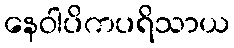
နေဝါပိကပရိသာယ